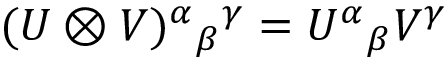
( U \otimes V ) ^ { \alpha } { } _ { \beta } { } ^ { \gamma } = U ^ { \alpha } { } _ { \beta } V ^ { \gamma }